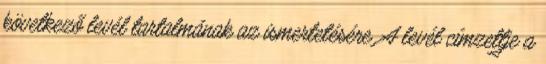
következő levél tartalmának az ismertetésére. A levél címzettje a